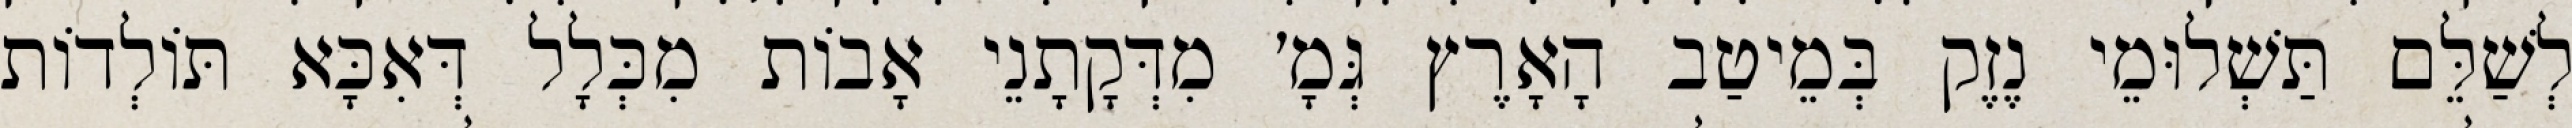
לְשַׁלֵּם תַּשְׁלוּמֵי נֶזֶק בְּמֵיטַב הָאָרֶץ גְּמָ׳ מִדְּקָתָנֵי אָבוֹת מִכְּלָל דְּאִכָּא תּוֹלְדוֹת